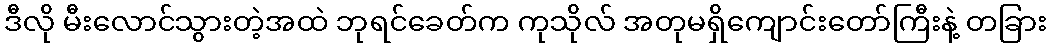
ဒီလို မီးလောင်သွားတဲ့အထဲ ဘုရင်ခေတ်က ကုသိုလ် အတုမရှိကျောင်းတော်ကြီးနဲ့ တခြား